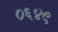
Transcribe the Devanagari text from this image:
०६४९